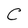
Character: C